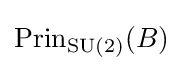
\operatorname {Prin} _{\operatorname {SU} (2)}(B)